Medical and sanitary report of the native army of Madras for the year
Year: 1876
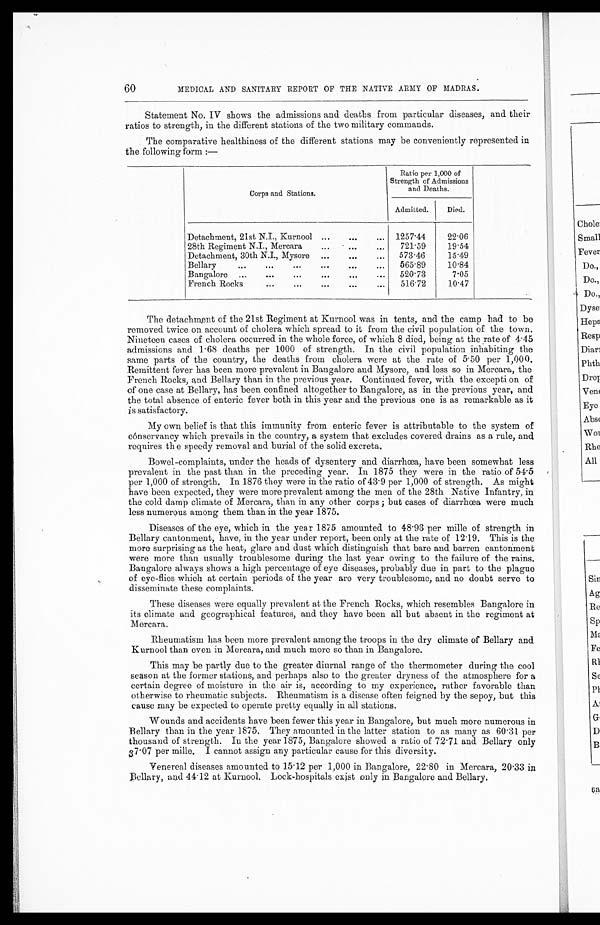
60
MEDICAL AND SANITARY REPORT OF THE NATIVE ARMY OF MADRAS.
Statement No. IV shows the admissions and deaths from particular diseases, and their
ratios to strength, in the different stations of the two military commands.
The comparative healthiness of the different stations may be conveniently represented in
the following form :—
Corps and Stations.
Ratio per 1,000 of
Strength of Admissions
and Deaths.
Admitted.
Died.
Detachment, 21st N.I, Kurnool ...
...
...
1257.44
22.06
28th Regiment N.I., Mercara
...
. . . . . .
721.59
19.54
Detachment, 30th N.I., Mysore
...
...
...
573.46
15.49
Bellary
...
...
...
...
...
. . .
565.89
10.84
Bangalore
...
...
...
...
...
...
520.73
7.05
French Rocks
...
...
...
...
...
5 1 6 . 7 2
1 0 . 4 7
The detachment of the. 21st Regiment at Kurnool was in tents, and the camp had to be
removed twice on account of cholera which spread to it from the civil population of the town.
Nineteen cases of cholera occurred in the whole force, of which 8 died, being at the rate of 4.45
admissions and 1.68 deaths per 1000 of strength. In the civil population inhabiting the
same parts of the country, the deaths from cholera were at the rate of 5.50 per 1,000.
Remittent fever has been more prevalent in Bangalore and Mysore, and less so in Mercara, the
French Rocks, and Bellary than in the previous year. Continued fever, with the exception of
of one case at Bellary, has been confined altogether to Bangalore, as in the previous year, and
the total absence of enteric fever both in this year and the previous one is as remarkable as it
is satisfactory.
My own belief is that this immunity from enteric fever is attributable to the system of
conservancy which prevails in the country, a system that excludes covered drains as a rule, and
requires the speedy removal and burial of the solid excreta.
Bowel-complaints, under the heads of dysentery and diarrhoea, have been somewhat less
prevalent in the past than in the preceding year. In 1875 they were in the ratio of 54.5
per 1,000 of strength. In 1876 they were in the ratio of 43.9 per 1,000 of strength. As might
have been expected, they were more prevalent among the men of the 28th Native Infantry, in
the cold damp climate of Mercara, than in any other corps ; but cases of diarrhoea were much
less numerous among them than in the year 1875.
Diseases of the eye, which in the year 1875 amounted to 48 . 93 per mille of strength in
Bellary cantonment, have, in the year under report, been only at the rate of 12.19. This is the
more surprising as the heat, glare and dust which distinguish that bare and barren cantonment
were more than usually troublesome during the last year owing to the failure of the rains.
Bangalore always shows a high percentage of eye diseases, probably due in part to the plague
of eye-flies which at certain periods of the year are very troublesome, and no doubt serve to
disseminate these complaints.
These diseases were equally prevalent at the French Rocks, which resembles Bangalore in
its climate and geographical features, and they have been all but absent in the regiment at
Mercara.
Rheumatism has been more prevalent among the troops in the dry climate of Bellary and
Kurnool than even in Mercara, and much more so than in Bangalore.
This may be partly due to the greater diurnal range of the thermometer during the cool
season at the former stations, and perhaps also to the greater dryness of the atmosphere for a
certain degree of moisture in the air is, according to my experience, rather favorable than
otherwise to rheumatic subjects. Rheumatism is a disease often feigned by the sepoy, but this
cause may be expected to operate pretty equally in all stations.
Wounds and accidents have been fewer this year in Bangalore, but much more numerous in
Bellary than in the year 1875. They amounted in the latter station to as many as 60.31 per
thousand of strength. In the year 1875, Bangalore showed a ratio of 72.71 and Bellary only
37 . 07 per mille. I c a n n o t a s s i g n a n y p a r t i c u l a r c a u s e f o r t h i s d i v e r s i t y .
Venereal diseases amounted to 15.12 per 1,000 in Bangalore, 22.80 in Mercara, 20.33 in
Bellary, and 44.12 at Kurnool. Lock-hospitals exist only in Bangalore and Bellary.